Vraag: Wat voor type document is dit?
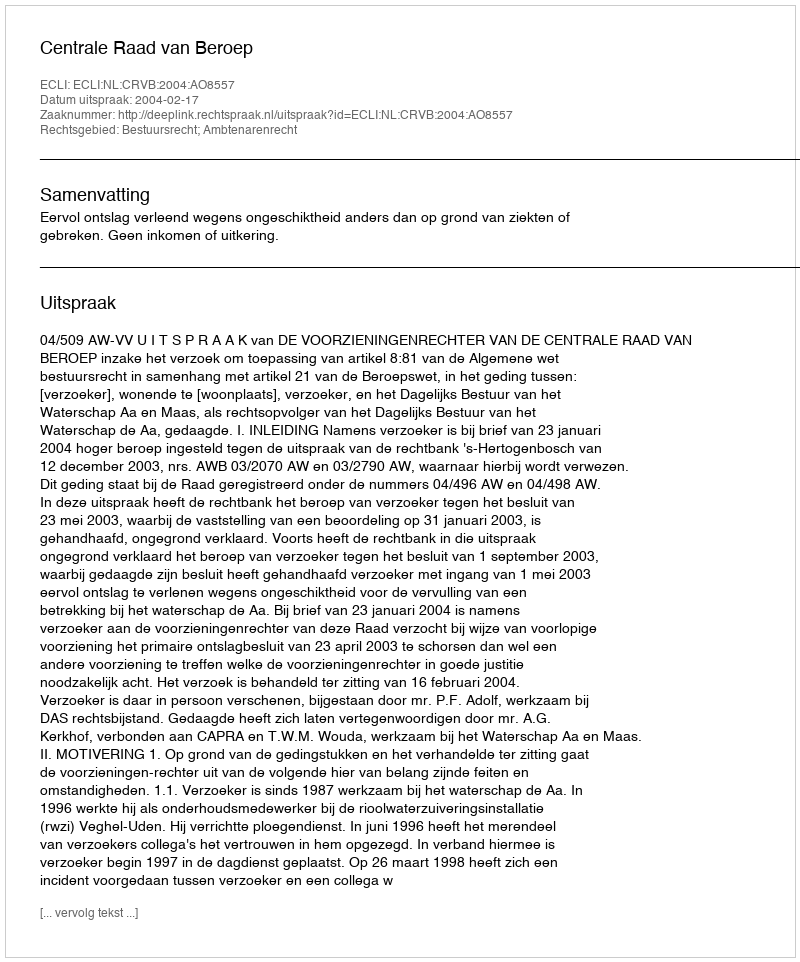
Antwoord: Uitspraak